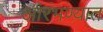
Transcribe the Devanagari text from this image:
आरंभण्यात